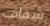
شفاف